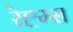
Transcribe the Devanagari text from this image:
रेह्म्स